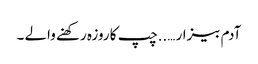
آدم بیزار …..چپ کا روزہ رکھنے والے ۔